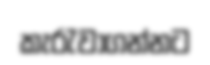
කැරැවාගන්නට